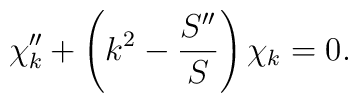
\chi_k ^{\prime \prime }+ \left( k^2-\frac{S^{\prime \prime}}S\right) \chi_k =0.